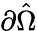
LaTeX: \partial\hat{\Omega}